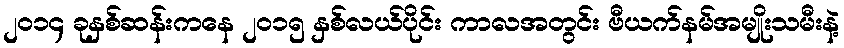
၂၀၁၄ ခုနှစ်ဆန်းကနေ ၂၀၁၅ နှစ်လယ်ပိုင်း ကာလအတွင်း ဗီယက်နမ်အမျိုးသမီးနဲ့